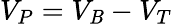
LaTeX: V_{P}=V_{\mathit{B}}-V_{T}